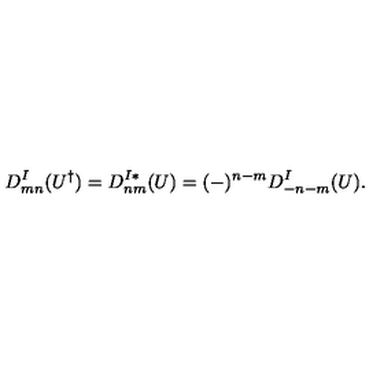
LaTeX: D _ { m n } ^ { I } ( U ^ { \dagger } ) = D _ { n m } ^ { I * } ( U ) = ( - ) ^ { n - m } D _ { - n - m } ^ { I } ( U ) .